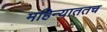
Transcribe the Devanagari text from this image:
महिन्याततच